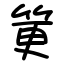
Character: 筻